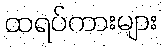
ထရပ်ကားများ